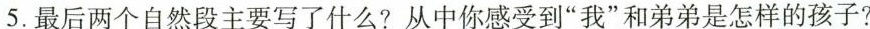
5.最后两个自然段主要写了什么?从中你感受到“我”和弟弟是怎样的孩子?